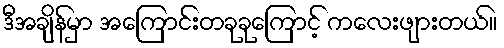
ဒီအချိန်မှာ အကြောင်းတခုခုကြောင့် ကလေးဖျားတယ်။